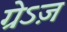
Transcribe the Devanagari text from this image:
ग्रेऽज़